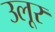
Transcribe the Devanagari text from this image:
उलूर